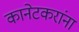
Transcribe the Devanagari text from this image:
कानेटकरांना